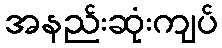
အနည်းဆုံးကျပ်